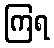
ကြရ